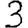
Digit: 3